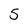
Character: 5